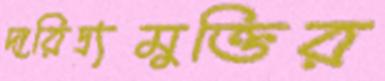
দারিদ্র্যমুক্তির